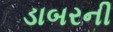
ડાબરની